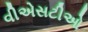
વીએસટીઓ